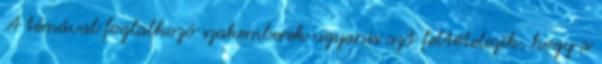
A témával foglalkozó szakemberek ugyanis azt feltételezik, hogy a